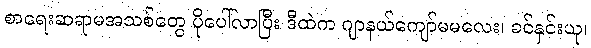
စာရေးဆရာမအသစ်တွေ ပိုပေါ်လာပြီး ဒီထဲက ဂျာနယ်ကျော်မမလေး၊ ခင်နှင်းယု၊